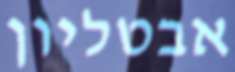
אבטליון